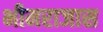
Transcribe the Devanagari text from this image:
भीमराजास